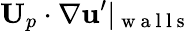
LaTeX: \mathbf{U}_{p}\cdot\nabla\mathbf{u}^{\prime}|_{\mathrm{~w~a~l~l~s~}}